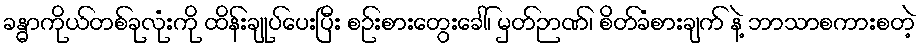
ခန္ဓာကိုယ်တစ်ခုလုံးကို ထိန်းချုပ်ပေးပြီး စဉ်းစားတွေးခေါ်၊ မှတ်ဉာဏ်၊ စိတ်ခံစားချက် နဲ့ ဘာသာစကားစတဲ့